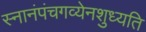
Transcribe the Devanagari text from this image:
स्नानंपंचगव्येनशुध्यति